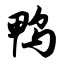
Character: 鸭